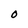
Character: O